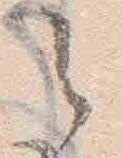
之